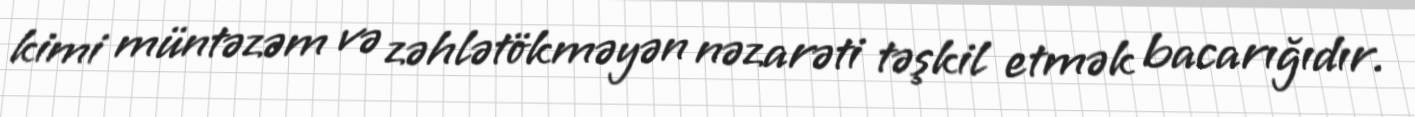
kimi müntəzəm və zəhlətökməyən nəzarəti təşkil etmək bacarığıdır.